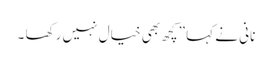
نانی نے کہا ”کچھ بھی خیال نہیں رکھا ۔